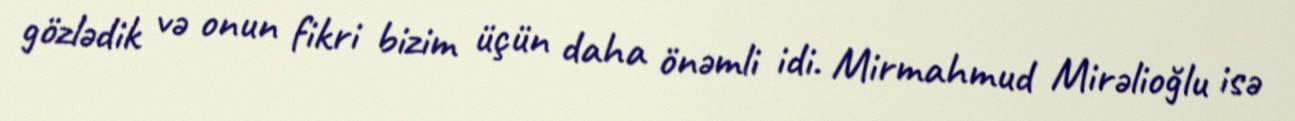
gözlədik və onun fikri bizim üçün daha önəmli idi. Mirmahmud Mirəlioğlu isə